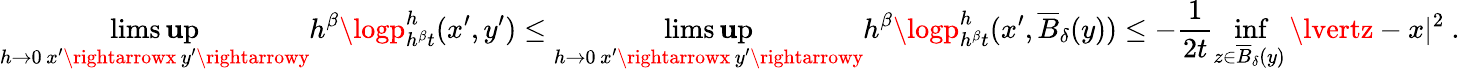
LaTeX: \operatorname*{lims\mathbf{u}p}_{\substack{h\rightarrow0\, x^{\prime}\rightarrowx\, y^{\prime}\rightarrowy}}h^{\beta}\logp_{h^{\beta}t}^{h}(x^{\prime},y^{\prime})\leq\operatorname*{lims\mathbf{u}p}_{\substack{h\rightarrow0\, x^{\prime}\rightarrowx\, y^{\prime}\rightarrowy}}h^{\beta}\logp_{h^{\beta}t}^{h}(x^{\prime},\overline{{{B}}}_{\delta}(y))\leq-\frac{{1}}{{2t}}\operatorname*{inf}_{z\in\overline{{{B}}}_{\delta}(y)}\lvertz-x\rvert^{2}\ .